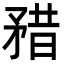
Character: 矠